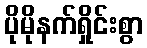
ပိုမိုနက်ရှိုင်းစွာ